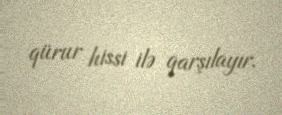
qürur hissi ilə qarşılayır.